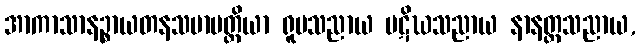
အာကာသာနဉ္စာယတနသမာပတ္တိယာ ရူပသညာယ ပဋိဃသညာယ နာနတ္တသညာယ,